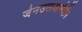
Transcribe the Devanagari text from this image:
जेनउलआबेदीन